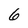
Character: 6